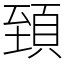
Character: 𩒐